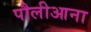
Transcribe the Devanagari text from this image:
पौलीआना